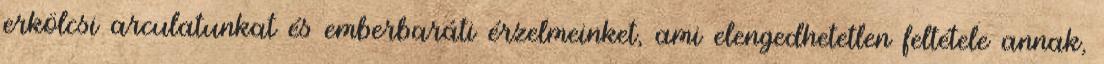
erkölcsi arculatunkat és emberbaráti érzelmeinket, ami elengedhetetlen feltétele annak,